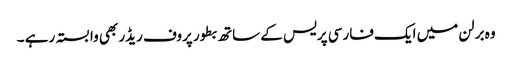
وہ برلن میں ایک فارسی پریس کے ساتھ بطور پروف ریڈر بھی وابستہ رہے ۔